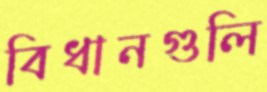
বিধানগুলি